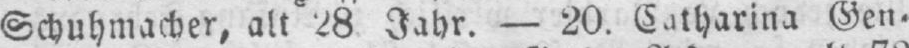
Schuhmacher, alt 28 Jahr. - 20. Catharina Gen⸗